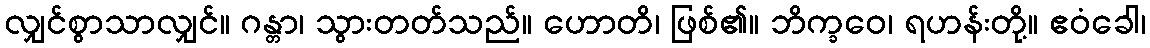
လျှင်စွာသာလျှင်။ ဂန္တာ၊ သွားတတ်သည်။ ဟောတိ၊ ဖြစ်၏။ ဘိက္ခဝေ၊ ရဟန်းတို့။ ဧဝံခေါ၊